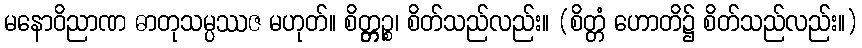
မနောဝိညာဏ ဓာတုသမ္ပဿဇ မဟုတ်။ စိတ္တ္ကဉ္စ၊ စိတ်သည်လည်း။ (စိတ္တံ ဟောတိ၌ စိတ်သည်လည်း။)